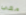
معي